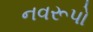
નવરૂપો